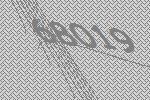
68019